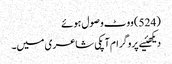
(524) ووٹ وصول ہوئے
دیکھئیے پروگرام آپکی شاعری میں۔